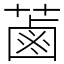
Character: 蓾